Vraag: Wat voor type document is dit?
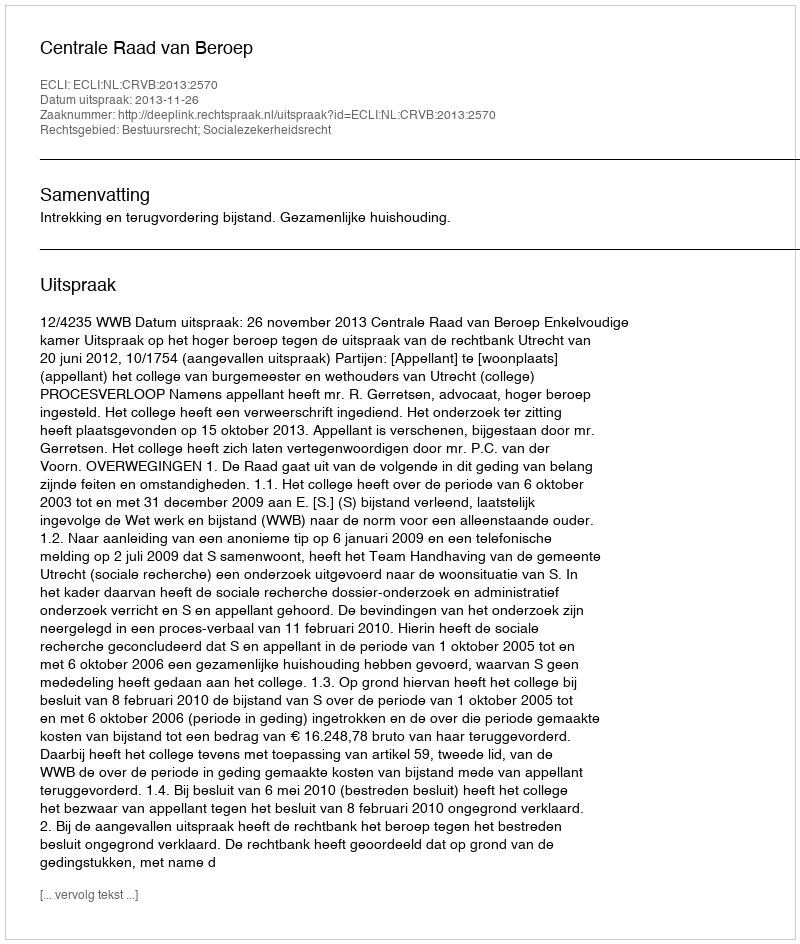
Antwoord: Uitspraak